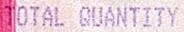
TOTAL QUANTITY